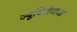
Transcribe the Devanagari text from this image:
ज्यूविरोधाचा